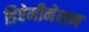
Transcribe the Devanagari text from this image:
डिऐमीनेशन